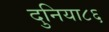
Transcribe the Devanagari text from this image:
दुनिया८६